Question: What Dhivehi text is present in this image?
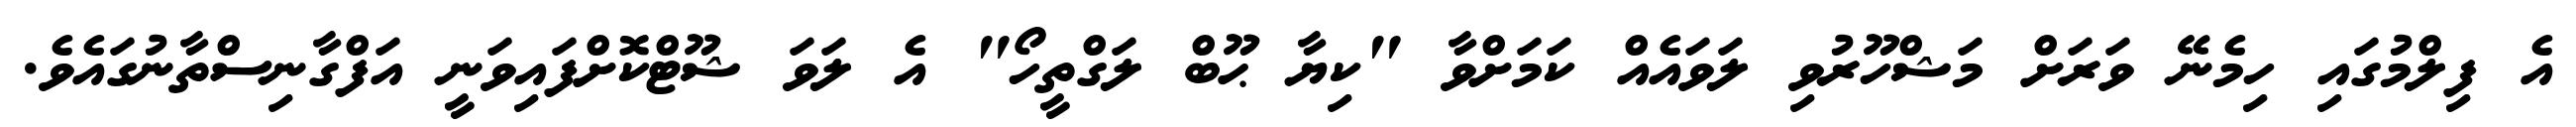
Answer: އެ ފިލްމުގައި ހިމެނޭ ވަރަށް މަޝްހޫރުވި ލަވައެއް ކަމަށްވާ "ކިޔާ ޙޫބް ލަގްތީހޯ" އެ ލަވަ ޝޫޓްކޮށްފައިވަނީ އަފްގާނިސްތާނުގައެވެ.